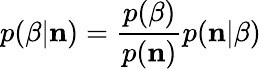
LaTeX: p(\beta|{\mathbf n})=\frac{p(\beta)}{p({\mathbf n})}p({\mathbf n}|\beta)